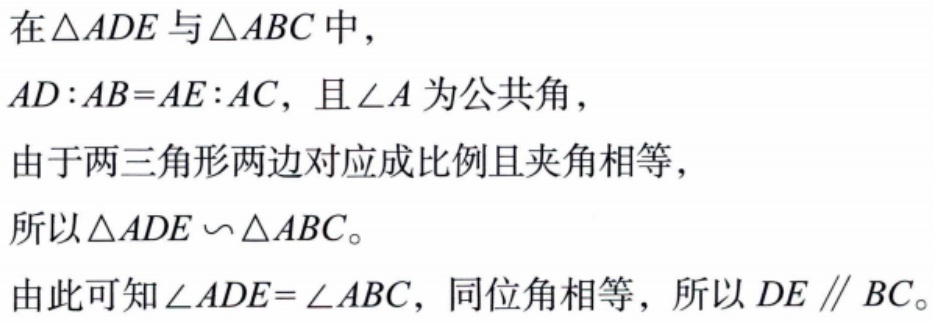
在$\triangle ADE$与$\triangle ABC$中，
$AD:AB = AE:AC$，且$\angle A$为公共角，
由于两三角形两边对应成比例且夹角相等，
所以$\triangle ADE \backsim \triangle ABC$。

由此可知$\angle ADE = \angle ABC$，同位角相等，所以$DE \parallel BC$。